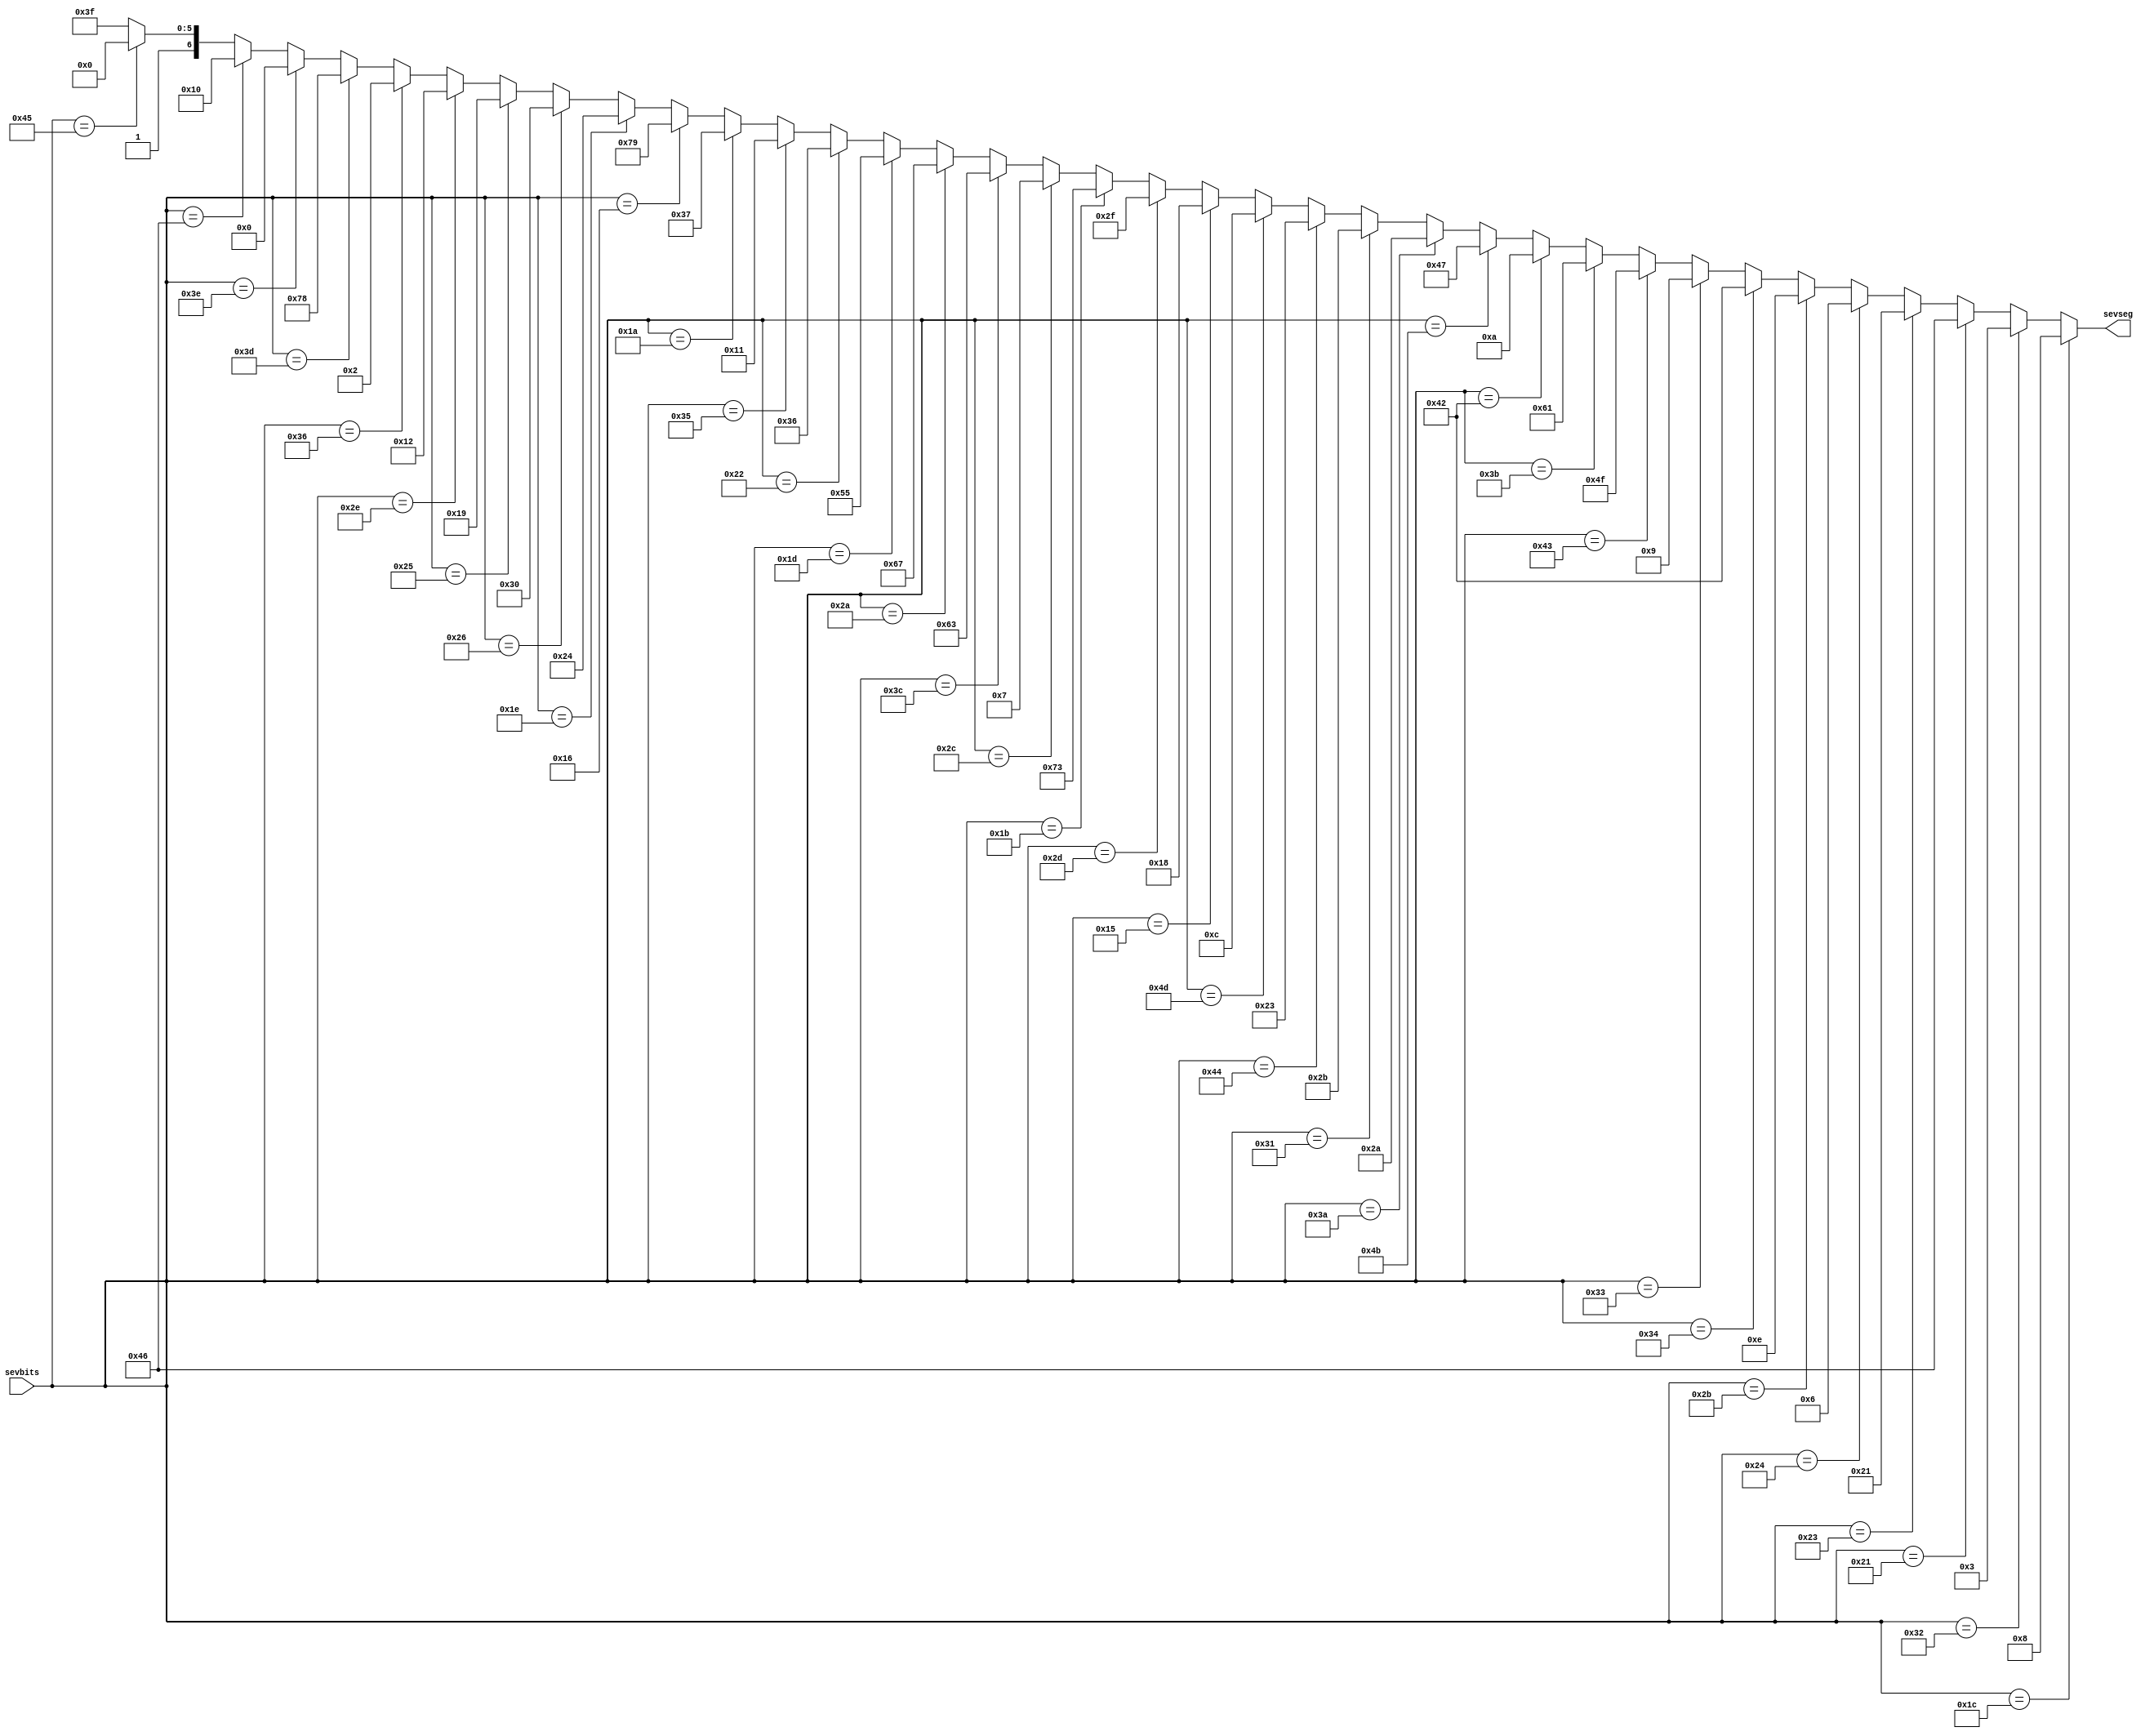
module lettertohex(sevbits, sevseg);

	input [0:7]sevbits;
	output reg [6:0] sevseg;
	
	always@* begin
	
   if (sevbits == 8'b00011100)  //1C - A
       sevseg = 7'b0001000;
   else if(sevbits == 8'b00110010) //32 - B
       sevseg = 7'b0000011;
   else if(sevbits == 8'b00100001) //21 - C
       sevseg = 7'b1000110;
   else if(sevbits == 8'b00100011) //23 - D
       sevseg = 7'b0100001;
   else if(sevbits == 8'b00100100) //24 - E
       sevseg = 7'b0000110;
   else if(sevbits == 8'b00101011) //2B - F
       sevseg = 7'b0001110;
   else if(sevbits == 8'b00110100) //34 - G
       sevseg = 7'b1000010;
   else if(sevbits == 8'b00110011) //33 - H 
       sevseg = 7'b0001001;
   else if(sevbits == 8'b01000011) //43 - I
       sevseg = 7'b1001111;
   else if(sevbits == 8'b00111011) //3B - J
       sevseg = 7'b1100001;
   else if(sevbits == 8'b01000010) //42 - K
       sevseg = 7'b0001010;
   else if(sevbits == 8'b01001011) //4B - L
       sevseg = 7'b1000111;
   else if(sevbits == 8'b00111010) //3A - M
       sevseg = 7'b0101010;
   else if(sevbits == 8'b00110001) //31 - N
       sevseg = 7'b0101011;
   else if(sevbits == 8'b01000100) //44 - O
       sevseg = 7'b0100011;
   else if(sevbits == 8'b01001101) //4D - P
       sevseg = 7'b0001100;
   else if(sevbits == 8'b00010101) //15 - Q
       sevseg = 7'b0011000;
   else if(sevbits == 8'b00101101) //2D - R
       sevseg = 7'b0101111;
   else if(sevbits == 8'b00011011) //1B - S
       sevseg = 7'b1110011;
   else if(sevbits == 8'b00101100) //2C - T
       sevseg = 7'b0000111;
   else if(sevbits == 8'b00111100) //3C - U
       sevseg = 7'b1100011;
   else if(sevbits == 8'b00101010) //2A - V
       sevseg = 7'b1100111;
   else if(sevbits == 8'b00011101) //1D - W
       sevseg = 7'b1010101;
   else if(sevbits == 8'b00100010) //22 - X
       sevseg = 7'b0110110;
	else if(sevbits == 8'b00110101) //35 - Y
       sevseg = 7'b0010001;
   else if(sevbits == 8'b00011010) //1A - Z
       sevseg = 7'b0110111;
		 // Numbers
   else if(sevbits == 8'b00010110) 
       sevseg = 7'b1111001;//1
   else if(sevbits == 8'b00011110) 
       sevseg = 7'b0100100;//2
   else if(sevbits == 8'b00100110) 
       sevseg = 7'b0110000;//3
   else if(sevbits == 8'b00100101) 
       sevseg = 7'b0011001;//4
   else if(sevbits == 8'b00101110)
       sevseg = 7'b0010010;//5
   else if(sevbits == 8'b00110110) 
       sevseg = 7'b0000010;//6
   else if(sevbits == 8'b00111101)
       sevseg = 7'b1111000;//7
   else if(sevbits == 8'b00111110)
       sevseg = 7'b0000000;//8
   else if(sevbits == 8'b01000110)
       sevseg = 7'b0010000;//9
   else if(sevbits == 8'b01000101)
       sevseg = 7'b1000000;//0	
	else
		 sevseg = 7'b1111111; // Space (catch all)
	end
	

endmodule